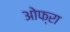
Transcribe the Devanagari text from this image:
ओफ्रा